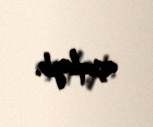
açıqlayıb.